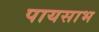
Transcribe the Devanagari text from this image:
पायसाभ